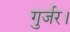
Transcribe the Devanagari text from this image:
गुर्जर।